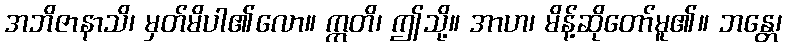
အဘိဇာနာသိ၊ မှတ်မိပါ၏လော။ ဣတိ၊ ဤသို့။ အာဟ၊ မိန့်ဆိုတော်မူ၏။ ဘန္တေ၊